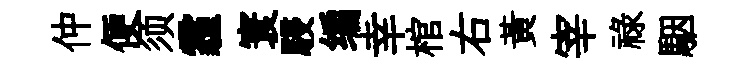
仲便须霾寰駸编幸棺右黄宰祿駰